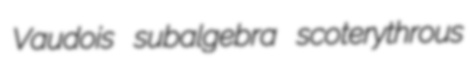
Vaudois subalgebra scoterythrous